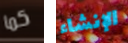
كما الإنشاء